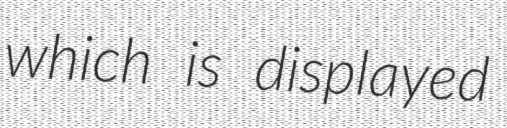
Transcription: which is displayed